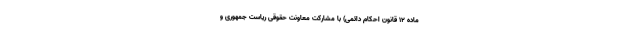
ماده ۱۲ قانون احکام دائمی) با مشارکت معاونت حقوقی ریاست جمهوری و